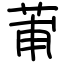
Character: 莆